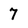
Character: 7